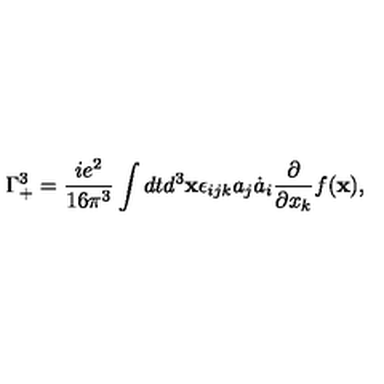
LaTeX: \Gamma _ { + } ^ { 3 } = \frac { i e ^ { 2 } } { 1 6 \pi ^ { 3 } } \int d t d ^ { 3 } { \bf x } \epsilon _ { i j k } a _ { j } \dot { a } _ { i } \frac { \partial } { \partial x _ { k } } f ( { \bf x } ) ,